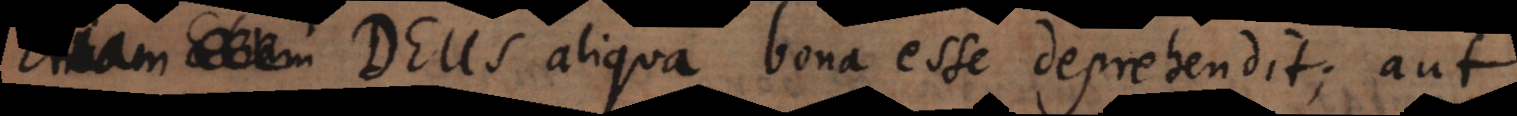
am Deus aliqua bona esse deprehendit; aut